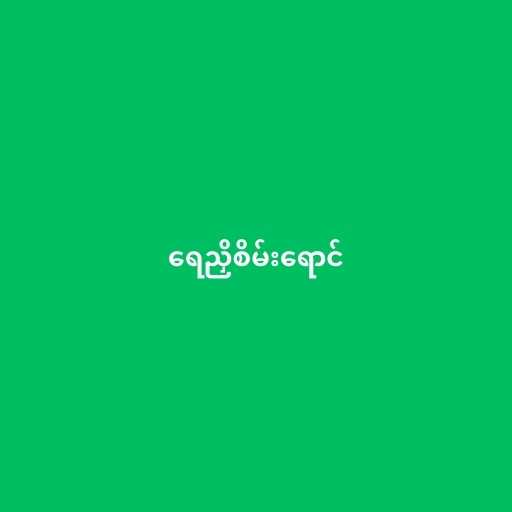
ရေညှိစိမ်းရောင်